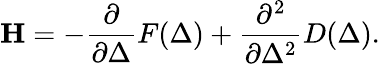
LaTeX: \mathbf{H}=-\frac{\partial}{\partial\Delta}F(\Delta)+\frac{\partial^{2}}{\partial\Delta^{2}}D(\Delta).